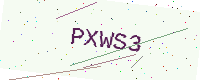
Text: PXWS3